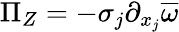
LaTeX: \Pi_{Z}=-\sigma_{j}\partial_{x_{j}}\overline{{\omega}}